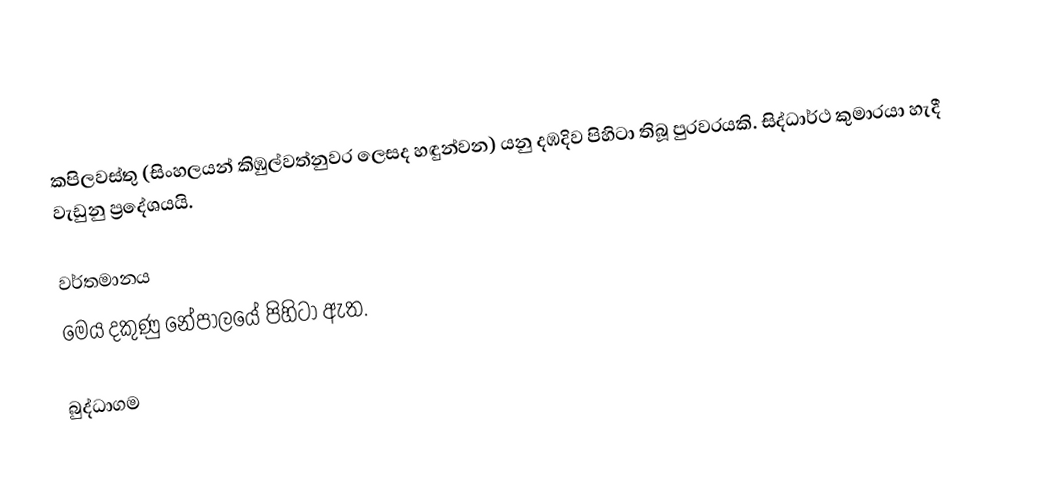
කපිලවස්තු (සිංහලයන් කිඹුල්වත්නුවර ලෙසද හඳුන්වන) යනු දඹදිව පිහිටා තිබූ පුරවරයකි. සිද්ධාර්ථ කුමාරයා හැදී වැඩුනු ප්‍රදේශයයි.

වර්තමානය
මෙය දකුණු නේපාලයේ පිහිටා ඇත.

බුද්ධාගම